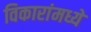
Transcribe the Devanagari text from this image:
विकारांमध्ये